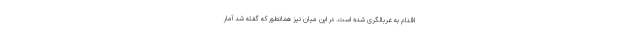
اقدام به غربالگری شده است. در این میان نیز همانطور که گفته شد آمار